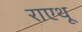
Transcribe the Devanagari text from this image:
राएथू